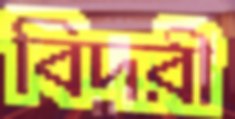
বিদরী